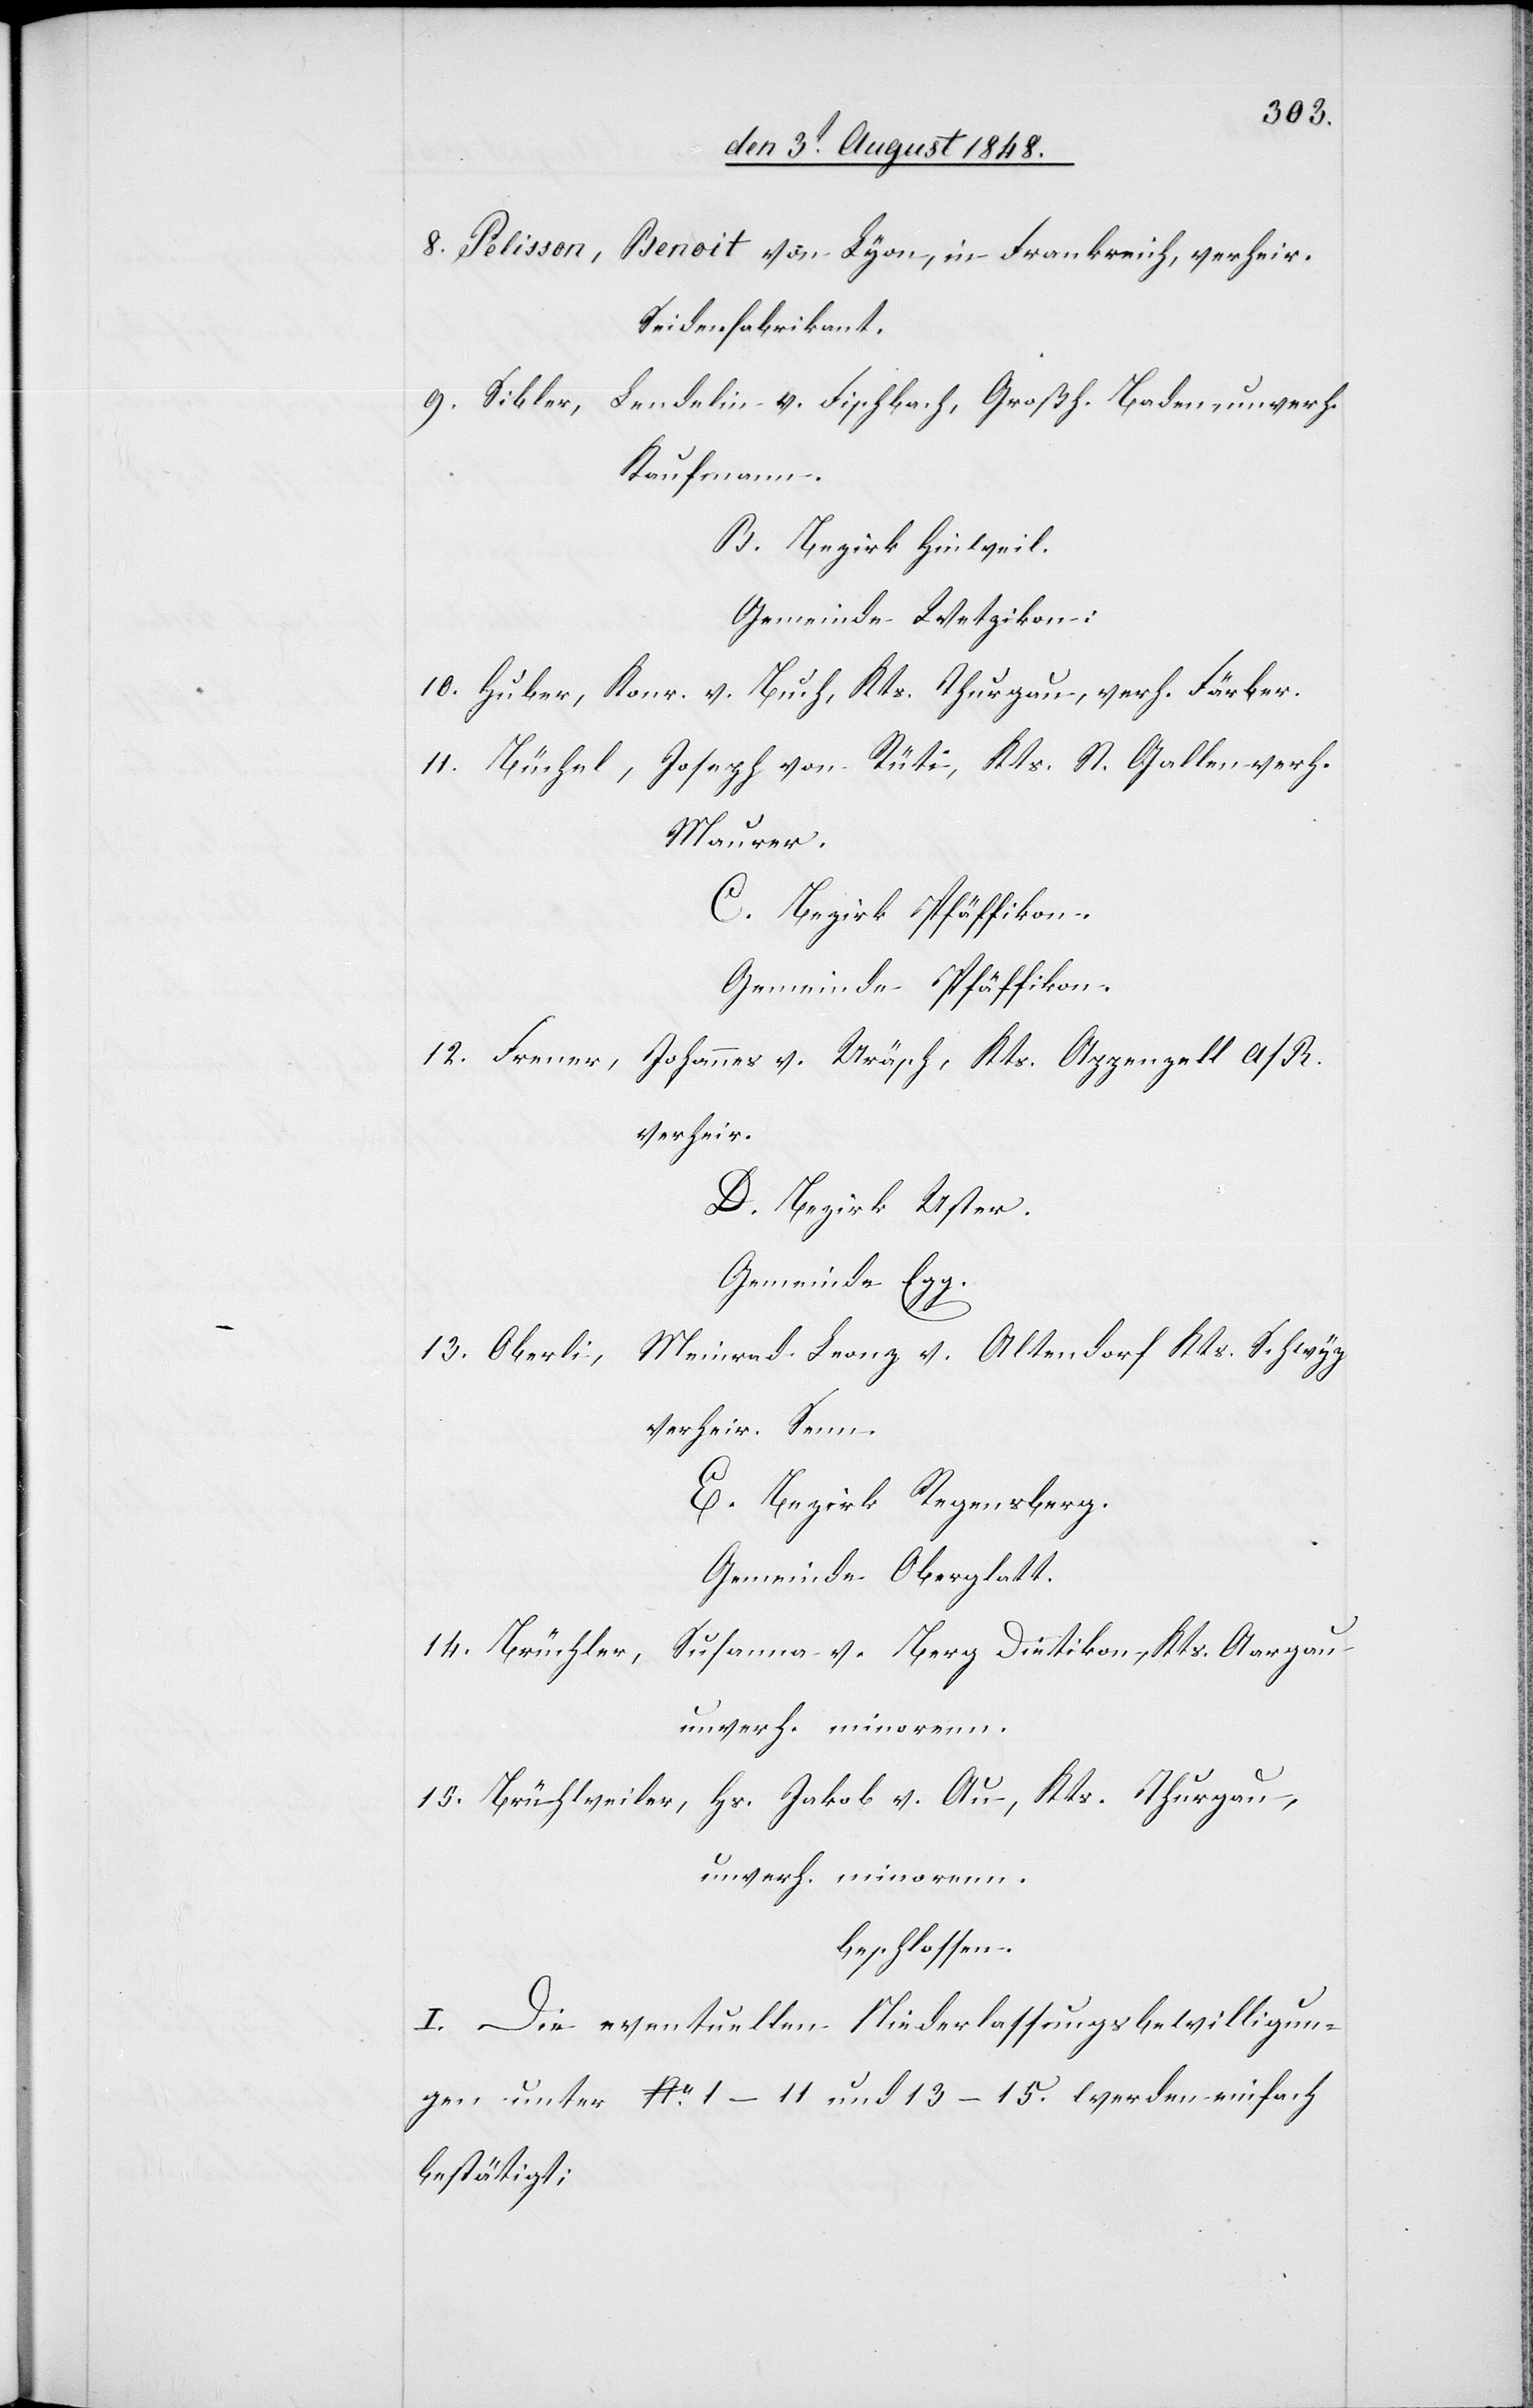
8. Pelisson,
Benoit von Lyon, in Frankreich, verheir.
Seidenfabrikant.
9. Sibler, Lendelin v. Fischbach, Großh. Baden, unverh.
Kaufmann.
B. Bezirk Hinweil.
Gemeinde Wetzikon.
10. Huber, Konr. v. Buch, Kts. Thurgau, verh. Färber.
11. Büchel, Joseph von Rüti, Kts. St. Gallen verh.
Maurer.
C. Bezirk Pfäffikon.
Gemeinde Pfäffikon.
12. Frener, Johannes v. Ur[n]äsch, Kts. Appenzell A/R.
verheir.
D. Bezirk Uster.
Gemeinde Egg.
Meinrad Franz v. Altendorf Kts. Schwyz
13. Oberli,
verheir. Senn.
E. Bezirk Regensberg.
Gemeinde Oberglatt.
14. Brüchler,
Susanna v. Berg Dietikon, Kts. Aargau
unverh. minorenn.
15. Brücheiler, Hs. Jakob v. Au, Kts. Thurgau,
unverh. minorenn.
beschlossen:
I. Die eventuellen Niederlassungsbewilligun¬
gen unter No 1–11 und 13–15. werden einfach
bestätigt.